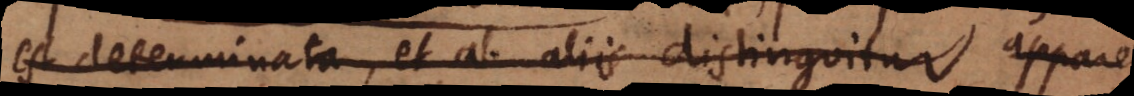
est determinata, et ab aliis distinguitur apparet